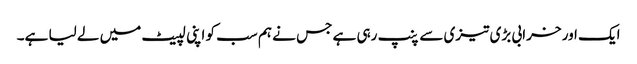
ایک اور خرابی بڑی تیزی سے پنپ رہی ہے جس نے ہم سب کو اپنی لپیٹ میں لے لیا ہے۔